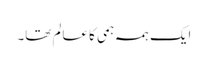
ایک ہمہ ہمی کا عالم تھا۔